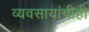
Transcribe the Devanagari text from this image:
व्यवसायांचीही